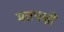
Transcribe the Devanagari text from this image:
मतपक्षों